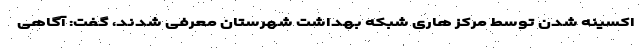
اکسینه شدن توسط مرکز هاری شبکه بهداشت شهرستان معرفی شدند، گفت: آگاهی